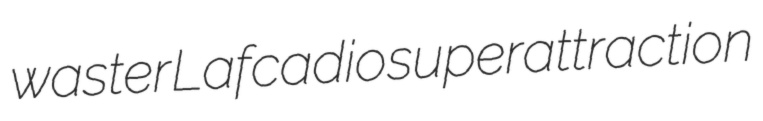
waster Lafcadio superattraction